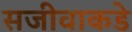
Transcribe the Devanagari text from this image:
सजीवाकडे